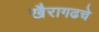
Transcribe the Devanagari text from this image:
खैरागढचे